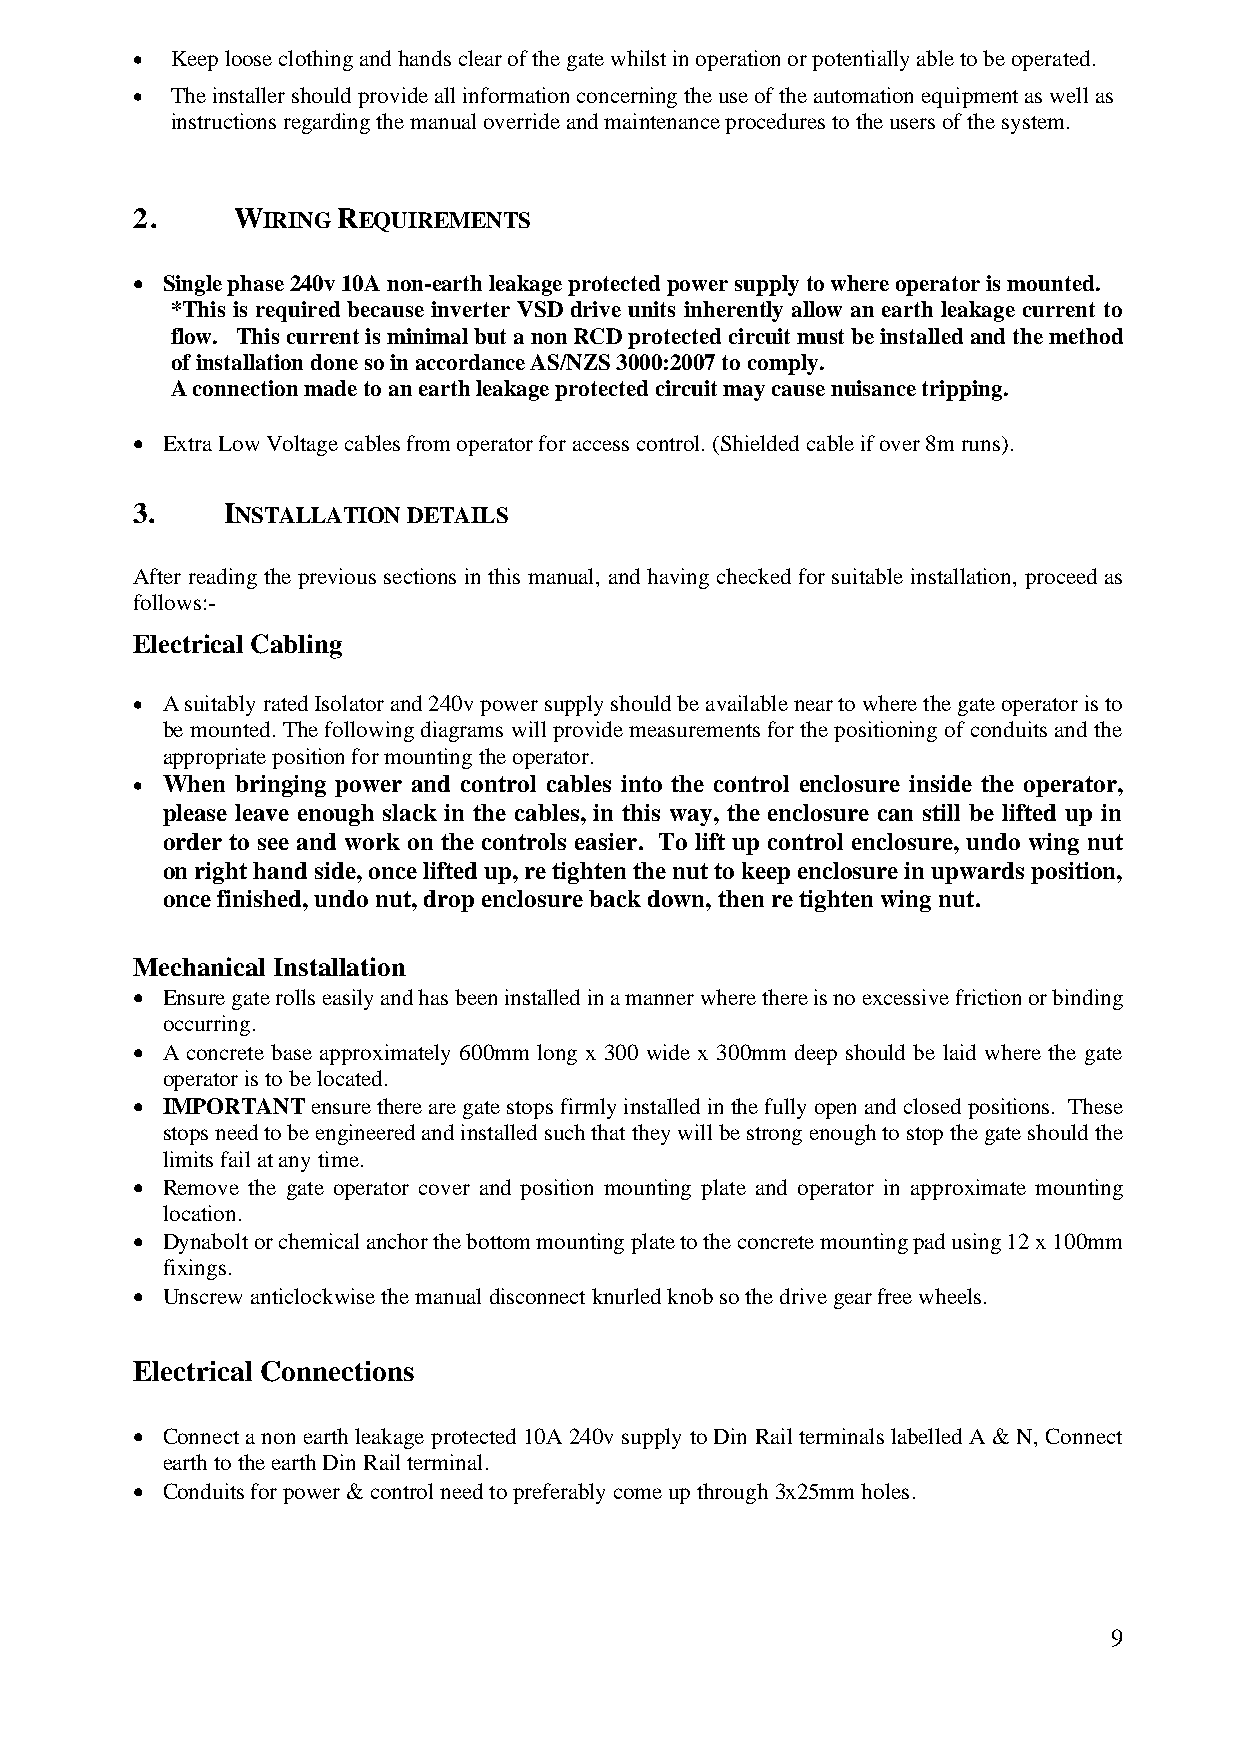
• Keep loose clothing and hands clear of the gate whilst in operation or potentially able to be operated.
 • The installer should provide all information concerning the use of the automation equipment as well as
 instructions regarding the manual override and maintenance procedures to the users of the system.
 2.    WIRING REQUIREMENTS
 • Single phase 240v 10A non-earth leakage protected power supply to where operator is mounted.
 *This is required because inverter VSD drive units inherently allow an earth leakage current to
 flow. This current is minimal but a non RCD protected circuit must be installed and the method
 of installation done so in accordance AS/NZS 3000:2007 to comply.
 A connection made to an earth leakage protected circuit may cause nuisance tripping.
 • Extra Low Voltage cables from operator for access control. (Shielded cable if over 8m runs).
 3.    INSTALLATION DETAILS
 After reading the previous sections in this manual, and having checked for suitable installation, proceed as
 follows:-
 Electrical Cabling
 • A suitably rated Isolator and 240v power supply should be available near to where the gate operator is to
 be mounted. The following diagrams will provide measurements for the positioning of conduits and the
 appropriate position for mounting the operator.
 • When bringing power and control cables into the control enclosure inside the operator,
 please leave enough slack in the cables, in this way, the enclosure can still be lifted up in
 order to see and work on the controls easier. To lift up control enclosure, undo wing nut
 on right hand side, once lifted up, re tighten the nut to keep enclosure in upwards position,
 once finished, undo nut, drop enclosure back down, then re tighten wing nut.
 Mechanical Installation
 • Ensure gate rolls easily and has been installed in a manner where there is no excessive friction or binding
 occurring.
 • A concrete base approximately 600mm long x 300 wide x 300mm deep should be laid where the gate
 operator is to be located.
 • IMPORTANT ensure there are gate stops firmly installed in the fully open and closed positions. These
 stops need to be engineered and installed such that they will be strong enough to stop the gate should the
 limits fail at any time.
 • Remove the gate operator cover and position mounting plate and operator in approximate mounting
 location.
 • Dynabolt or chemical anchor the bottom mounting plate to the concrete mounting pad using 12 x 100mm
 fixings.
 • Unscrew anticlockwise the manual disconnect knurled knob so the drive gear free wheels.
 Electrical Connections
 • Connect a non earth leakage protected 10A 240v supply to Din Rail terminals labelled A & N, Connect
 earth to the earth Din Rail terminal.
 • Conduits for power & control need to preferably come up through 3x25mm holes.
 9